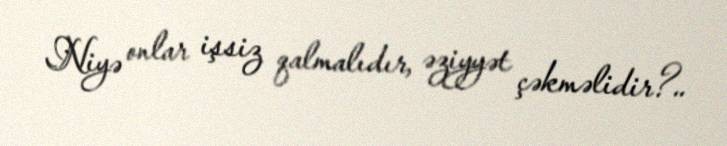
Niyə onlar işsiz qalmalıdır, əziyyət çəkməlidir?..